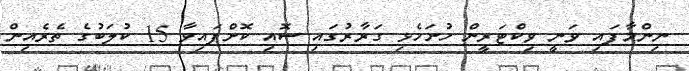
ނިންމާފައި ވަނީ ވިކްޓަރީން ހުށަހެޅި ގަރާރުގައި ސޮއި ކޮށްފައިވާ 15 ކުލަބުގެ ތެރެއިން